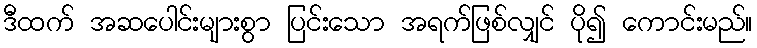
ဒီထက် အဆပေါင်းများစွာ ပြင်းသော အရက်ဖြစ်လျှင် ပို၍ ကောင်းမည်။